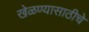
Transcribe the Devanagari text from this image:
खेळण्यासाठीचे